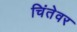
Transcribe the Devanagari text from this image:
चिंतेवर